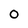
Character: 0